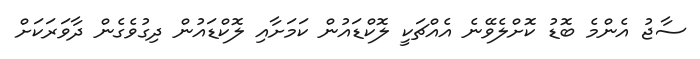
ސާޖު އެންމެ ބޮޑު ކޮށްލެވޭނެ އެއްޗަކީ ލޮކްޑައުން ކަމަށާއި ލޮކްޑައުން ދިގުވެގެން ދާވަރަކަށް